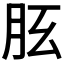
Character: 𦙘